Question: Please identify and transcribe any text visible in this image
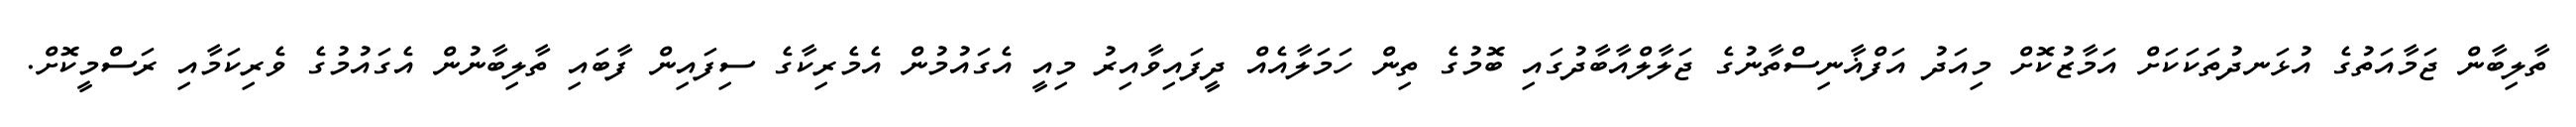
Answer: ތާލިބާން ޖަމާއަތުގެ އުޅަނދުތަކަކަށް އަމާޒުކޮށް މިއަދު އަފްޣާނިސްތާނުގެ ޖަލާލްއާބާދުގައި ބޮމުގެ ތިން ހަމަލާއެއް ދީފައިވާއިރު މިއީ އެގައުމުން އެމެރިކާގެ ސިފައިން ފާބައި ތާލިބާނުން އެގައުމުގެ ވެރިކަމާއި ރަސްމީކޮށް.